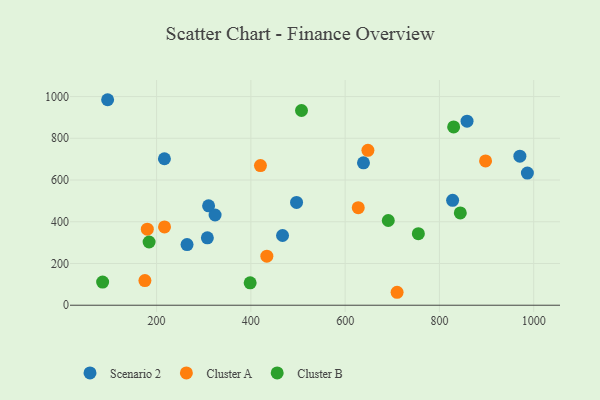
{"axis": {"x": "Speed", "y": "Sales"}, "legend": ["Cluster A", "Cluster B", "Scenario 2"], "data": [{"x": "307.7", "y": 323.1, "type": "Scenario 2"}, {"x": "638.9", "y": 682.3, "type": "Scenario 2"}, {"x": "216.6", "y": 701.9, "type": "Scenario 2"}, {"x": "264.6", "y": 290.6, "type": "Scenario 2"}, {"x": "96.1", "y": 984.8, "type": "Scenario 2"}, {"x": "467.2", "y": 334.1, "type": "Scenario 2"}, {"x": "858.6", "y": 881.8, "type": "Scenario 2"}, {"x": "310.3", "y": 476.3, "type": "Scenario 2"}, {"x": "970.7", "y": 714.1, "type": "Scenario 2"}, {"x": "324.1", "y": 432.3, "type": "Scenario 2"}, {"x": "828.0", "y": 502.8, "type": "Scenario 2"}, {"x": "496.9", "y": 492.7, "type": "Scenario 2"}, {"x": "986.6", "y": 633.2, "type": "Scenario 2"}, {"x": "627.8", "y": 467.3, "type": "Cluster A"}, {"x": "420.3", "y": 669.3, "type": "Cluster A"}, {"x": "648.3", "y": 742.5, "type": "Cluster A"}, {"x": "216.8", "y": 375.3, "type": "Cluster A"}, {"x": "175.2", "y": 118.4, "type": "Cluster A"}, {"x": "180.3", "y": 364.6, "type": "Cluster A"}, {"x": "433.9", "y": 235.0, "type": "Cluster A"}, {"x": "897.9", "y": 691.6, "type": "Cluster A"}, {"x": "710.2", "y": 62.1, "type": "Cluster A"}, {"x": "507.4", "y": 933.2, "type": "Cluster B"}, {"x": "830.2", "y": 854.5, "type": "Cluster B"}, {"x": "398.5", "y": 107.2, "type": "Cluster B"}, {"x": "184.1", "y": 302.9, "type": "Cluster B"}, {"x": "691.5", "y": 406.0, "type": "Cluster B"}, {"x": "85.5", "y": 111.1, "type": "Cluster B"}, {"x": "844.3", "y": 442.4, "type": "Cluster B"}, {"x": "755.3", "y": 342.9, "type": "Cluster B"}]}